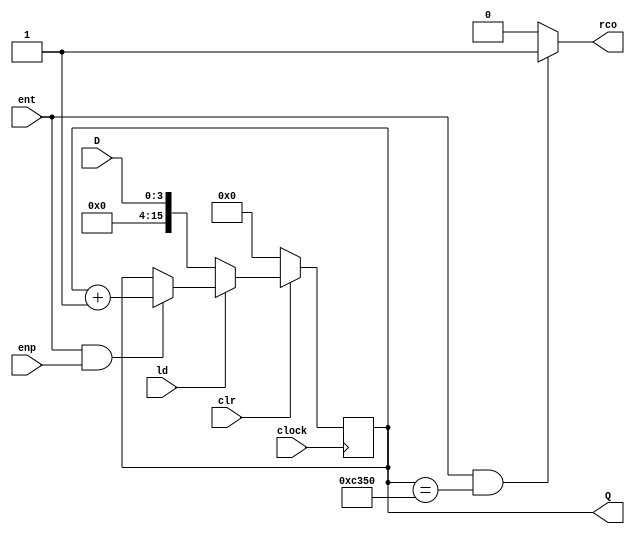

module contador_163 ( input clock       , 
                      input clr         , 
                      input ld          , 
                      input ent         , 
                      input enp         , 
                      input [3:0] D     , 
                      output reg [15:0]Q, 
                      output reg rco
                    );

	 initial begin
		Q = 16'd0;
    end
	 
    always @ (posedge clock)
        if (~clr)               Q <= 16'd0;
        else if (~ld)           Q <= D;
        else if (ent && enp)    Q <= Q + 1;
        else                    Q <= Q;
 
    always @ (Q or ent)
        if (ent && (Q == 16'd50000))   rco = 1;
        else                           rco = 0;
endmodule